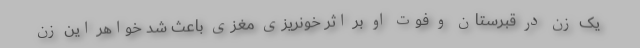
یک زن در قبرستان و فوت او بر اثر خونریزی مغزی باعث شد خواهر این زن